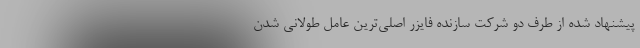
پیشنهاد شده از طرف دو شرکت سازنده فایزر اصلی‌ترین عامل طولانی شدن